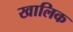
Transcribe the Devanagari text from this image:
खालिक